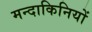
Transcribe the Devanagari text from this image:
मन्दाकिनियों